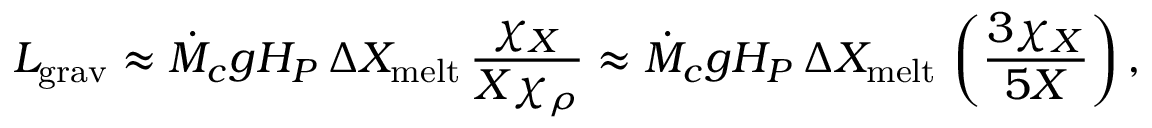
L _ { \mathrm { g r a v } } \approx \dot { M } _ { c } g H _ { P } \, \Delta X _ { \mathrm { m e l t } } \, { \frac { \chi _ { X } } { X \chi _ { \rho } } } \approx \dot { M } _ { c } g H _ { P } \, \Delta X _ { \mathrm { m e l t } } \, \left( { \frac { 3 \chi _ { X } } { 5 X } } \right) ,